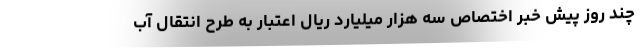
چند روز پیش خبر اختصاص سه هزار میلیارد ریال اعتبار به طرح انتقال آب